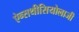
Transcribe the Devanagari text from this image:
ऐन्सथीसियोलाजी